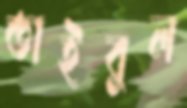
তাইবুল